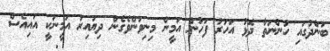
ބަންދުގައި ހުންނަތާ ދޮޅު އަހަރު ފަހުން އަމީން މިނިވަންވެގެން ދިޔައިރު އަމީނަކީ އައިއެސް